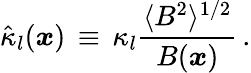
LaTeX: \hat{\kappa}_{l}(\boldsymbol{x})\, \equiv\, \kappa_{l}\frac{\langle B^{2}\rangle^{1/2}}{B(\boldsymbol{x})}\, .